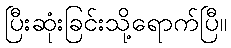
ပြီးဆုံးခြင်းသို့ရောက်ပြီ။